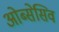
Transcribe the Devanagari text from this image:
ओब्सेसिव